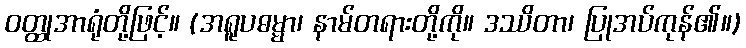
ဝတ္ထုအာရုံတို့ဖြင့်။ (အရူပဓမ္မာ၊ နာမ်တရားတို့ကို။ ဒဿိတာ၊ ပြုအပ်ကုန်၏။)